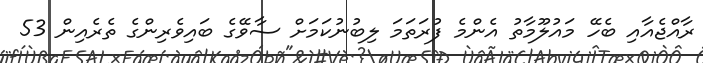
ރާއްޖެއާއި ބެހޭ މައުލޫމާތު އެންމެ ފުރަތަމަ ލިބުނުކަމަށް ސާވޭގެ ބައިވެރިންގެ ތެރެއިން 53